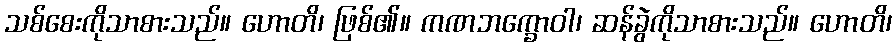
သစ်စေးကိုသာစားသည်။ ဟောတိ၊ ဖြစ်၏။ ကဏဘက္ခောဝါ၊ ဆန်ခွဲကိုသာစားသည်။ ဟောတိ၊